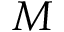
M